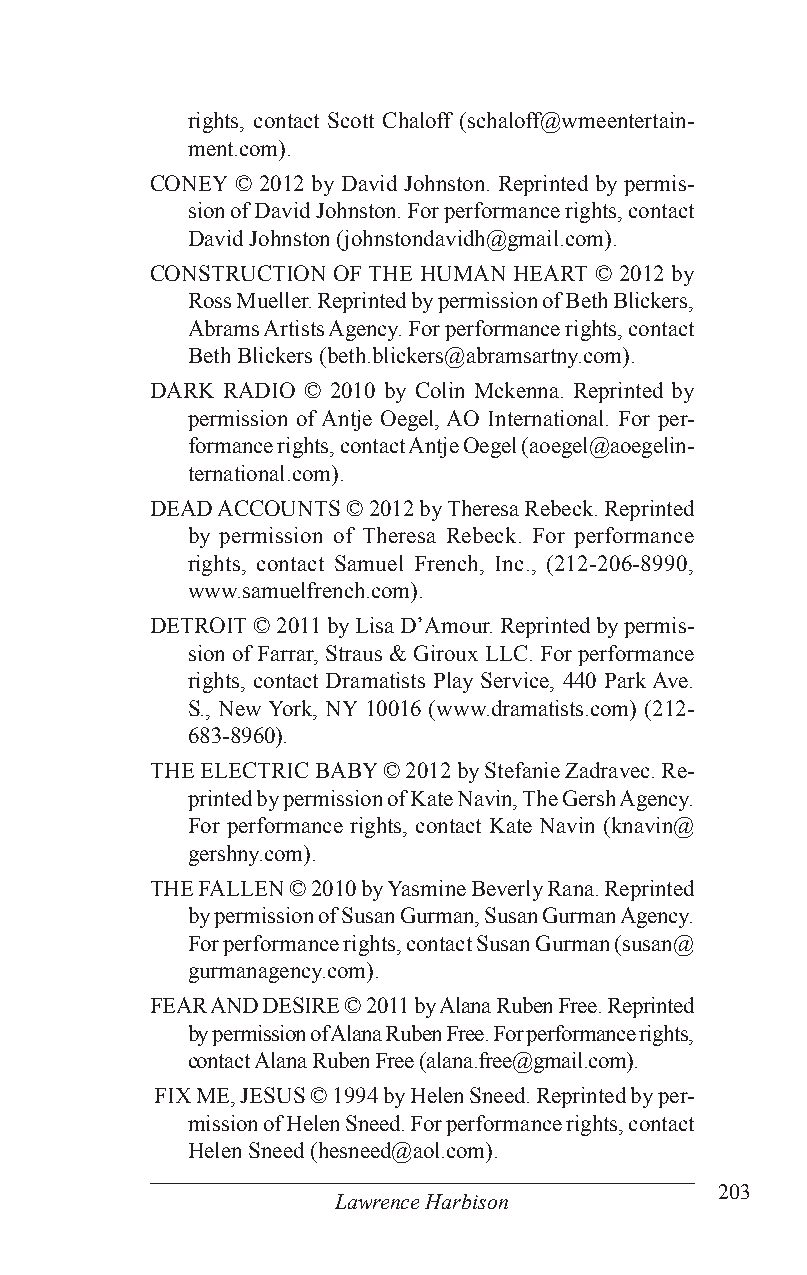
rights, contact Scott Chaloff (schaloff@wmeentertain-
 ment.com).
 CONEY © 2012 by David Johnston. Reprinted by permis-
 sion of David Johnston. For performance rights, contact
 David Johnston (johnstondavidh@gmail.com).
 CONSTRUCTION OF THE HUMAN HEART © 2012 by
 Ross Mueller. Reprinted by permission of Beth Blickers,
 Abrams Artists Agency. For performance rights, contact
 Beth Blickers (beth.blickers@abramsartny.com).
 DARK RADIO © 2010 by Colin Mckenna. Reprinted by
 permission of Antje Oegel, AO International. For per-
 formance rights, contact Antje Oegel (aoegel@aoegelin-
 ternational.com).
 DEAD ACCOUNTS © 2012 by Theresa Rebeck. Reprinted
 by permission of Theresa Rebeck. For performance
 rights, contact Samuel French, Inc., (212-206-8990,
 www.samuelfrench.com).
 DETROIT © 2011 by Lisa D’Amour. Reprinted by permis-
 sion of Farrar, Straus & Giroux LLC. For performance
 rights, contact Dramatists Play Service, 440 Park Ave.
 S., New York, NY 10016 (www.dramatists.com) (212-
 683-8960).
 THE ELECTRIC BABY © 2012 by Stefanie Zadravec. Re-
 printed by permission of Kate Navin, The Gersh Agency.
 For performance rights, contact Kate Navin (knavin@
 gershny.com).
 THE FALLEN © 2010 by Yasmine Beverly Rana. Reprinted
 by permission of Susan Gurman, Susan Gurman Agency.
 For performance rights, contact Susan Gurman (susan@
 gurmanagency.com).
 FEAR AND DESIRE © 2011 by Alana Ruben Free. Reprinted
 by permission of Alana Ruben Free. For performance rights,
 contact Alana Ruben Free (alana.free@gmail.com).
 FIX ME, JESUS © 1994 by Helen Sneed. Reprinted by per-
 mission of Helen Sneed. For performance rights, contact
 Helen Sneed (hesneed@aol.com).
 203
 Lawrence Harbison